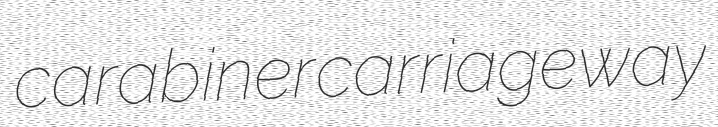
carabiner carriageway